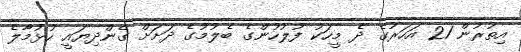
އިތުރުން 21 އަހަރުގެ ދެ މީހަކު ފުލުހުންގެ ބެލުމުގެ ދަށަށް ގެންދިޔައީ ހުޅުމާލެ